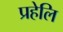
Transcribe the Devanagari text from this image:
प्रहेलि